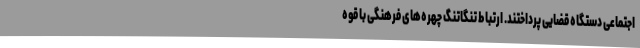
اجتماعی دستگاه قضایی پرداختند. ارتباط تنگاتنگ چهره‌های فرهنگی با قوه